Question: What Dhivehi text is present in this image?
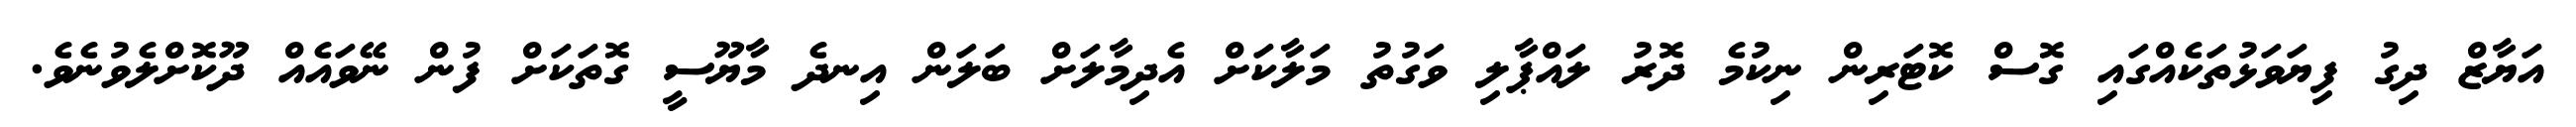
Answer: އަޔާޒް ދިގު ފިޔަވަޅުތަކެއްގައި ގޮސް ކޮޓަރިން ނިކުމެ ދޮރު ލައްޕާލި ވަގުތު މަލާކަށް އެދިމާލަށް ބަލަން އިނދެ މާޔޫސީ ގޮތަކަށް ފުން ނޭވައެއް ދޫކޮށްލެވުނެވެ.